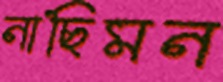
নাছিমন